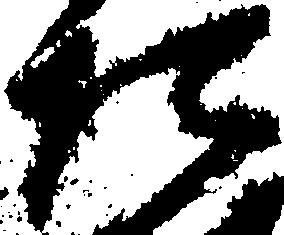
た